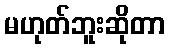
မဟုတ်ဘူးဆိုတာ